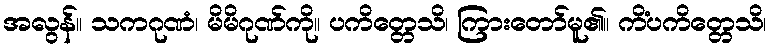
အလွန်။ သကဂုဏံ၊ မိမိဂုဏ်ကို။ ပကိတ္တေသိ၊ ကြားတော်မူ၏။ ကိံပကိတ္တေသိ၊